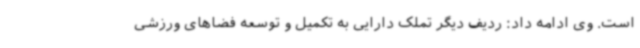
است. وی ادامه داد: ردیف دیگر تملک دارایی به تکمیل و توسعه فضاهای ورزشی